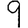
Digit: 9